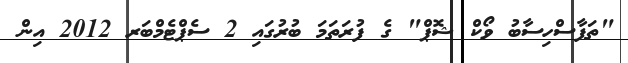
"ތަފާސްހިސާބު ވޯކް ޝޮޕް" ގެ ފުރަތަމަ ބުރުގައި 2 ސެޕްޓެމްބަރ 2012 އިން